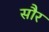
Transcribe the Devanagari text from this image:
साैर